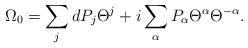
LaTeX: \begin{align*}\Omega_{0}= \sum_{j}dP_{j}\Theta^{j}+i\sum_{\alpha}P_{\alpha}\Theta^{\alpha}\Theta^{-\alpha}.\end{align*}